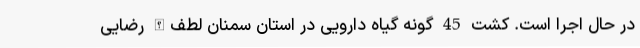
در حال اجرا است. کشت 45 گونه گیاه دارویی در استان سمنان لطف‌الله رضایی